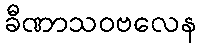
ခီဏာသဝဗလေန